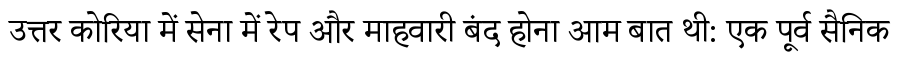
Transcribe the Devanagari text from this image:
उत्तर कोरिया में सेना में रेप और माहवारी बंद होना आम बात थी: एक पूर्व सैनिक